Problem: 28 + 13 = ?
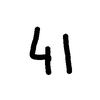
Handwritten answer: 41